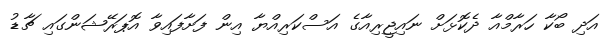
އަދި ބޯކާ ހަރާމްއާ ދެކޮޅަށް ނައިޖީރިއާގެ އަސްކަރިއްޔާ އިން ފަށާފައިވާ އޮޕަރޭޝަންގައި ޗާޑު